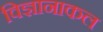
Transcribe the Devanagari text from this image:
विज्ञानाकल